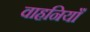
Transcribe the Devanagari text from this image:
वाहनियाँ